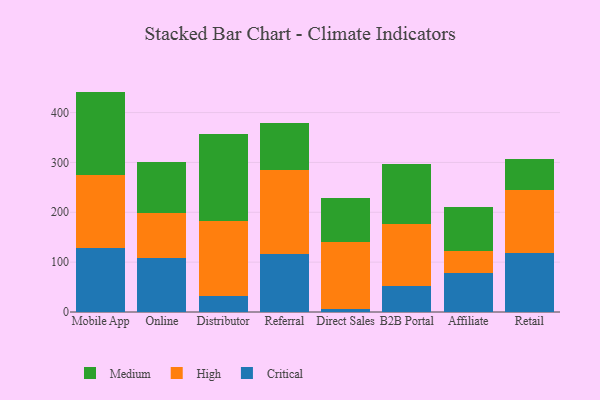
{"axis": {"x": "Channel", "y": "Gross Profit (USD K)"}, "legend": ["Critical", "High", "Medium"], "data": [{"x": "Mobile App", "y": 128.0, "type": "Critical"}, {"x": "Mobile App", "y": 147.3, "type": "High"}, {"x": "Mobile App", "y": 166.8, "type": "Medium"}, {"x": "Online", "y": 108.6, "type": "Critical"}, {"x": "Online", "y": 90.8, "type": "High"}, {"x": "Online", "y": 102.4, "type": "Medium"}, {"x": "Distributor", "y": 32.3, "type": "Critical"}, {"x": "Distributor", "y": 150.5, "type": "High"}, {"x": "Distributor", "y": 174.7, "type": "Medium"}, {"x": "Referral", "y": 115.4, "type": "Critical"}, {"x": "Referral", "y": 168.8, "type": "High"}, {"x": "Referral", "y": 95.0, "type": "Medium"}, {"x": "Direct Sales", "y": 5.6, "type": "Critical"}, {"x": "Direct Sales", "y": 134.0, "type": "High"}, {"x": "Direct Sales", "y": 88.4, "type": "Medium"}, {"x": "B2B Portal", "y": 52.0, "type": "Critical"}, {"x": "B2B Portal", "y": 124.2, "type": "High"}, {"x": "B2B Portal", "y": 120.0, "type": "Medium"}, {"x": "Affiliate", "y": 78.4, "type": "Critical"}, {"x": "Affiliate", "y": 44.8, "type": "High"}, {"x": "Affiliate", "y": 88.1, "type": "Medium"}, {"x": "Retail", "y": 117.8, "type": "Critical"}, {"x": "Retail", "y": 126.0, "type": "High"}, {"x": "Retail", "y": 63.3, "type": "Medium"}]}